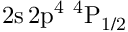
\mathrm { 2 s \, 2 p ^ { 4 } ~ ^ { 4 } P _ { 1 / 2 } }